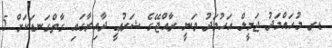
ޑރ މުޙައްމަދު ޖަމީލް އަހުމަދު ވަނީ ރާއްޖޭގެ ޝަރުޢީ ދާއިރާގައި ގާތްގަނޑަކަށް 5